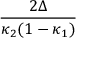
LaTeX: \frac { 2 \Delta } { \kappa _ { 2 } ( 1 - \kappa _ { 1 } ) }